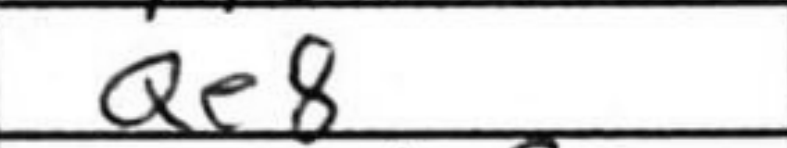
Transcription: Qe8